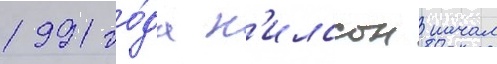
1991 го́да н'илссон начал